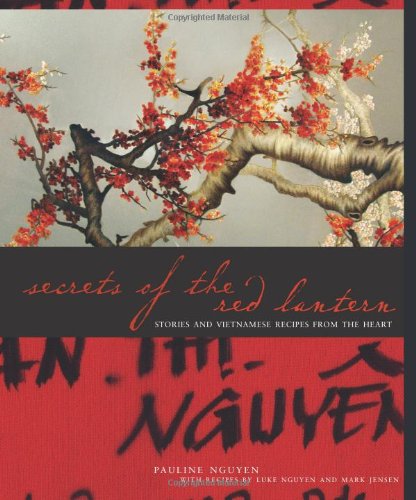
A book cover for Secrets of the Red Lantern: Stories and Vietnamese Recipes from the Heart; Pauline Nguyen; Cookbooks, Food & Wine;